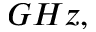
G H z ,